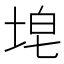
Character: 𪣝